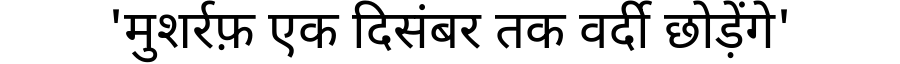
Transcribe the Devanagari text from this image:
'मुशर्रफ़ एक दिसंबर तक वर्दी छोड़ेंगे'